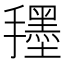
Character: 𭣀